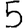
Digit: 5